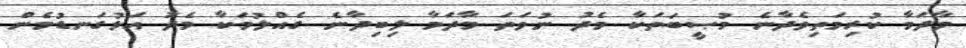
މާދަމާ ކުރިމަތިވެދާނެ މުޞީބަތަކާ މެދު ނުވަތަ މާދަމާ ލިބިދާނެ ގެއްލުމަކާ މެދު އަޅުގަނޑުމެން